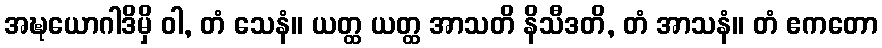
အဍ္ဎယောဂါဒိမှိ ဝါ, တံ သေနံ။ ယတ္ထ ယတ္ထ အာသတိ နိသီဒတိ, တံ အာသနံ။ တံ ဧကတော